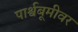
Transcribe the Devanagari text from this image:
पार्श्वबूमीवर